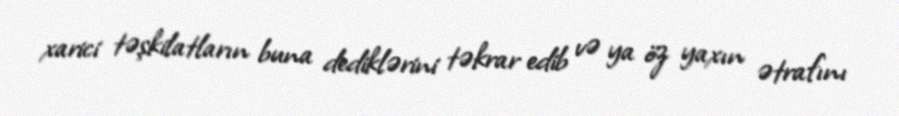
xarici təşkilatların buna dediklərini təkrar edib və ya öz yaxın ətrafını